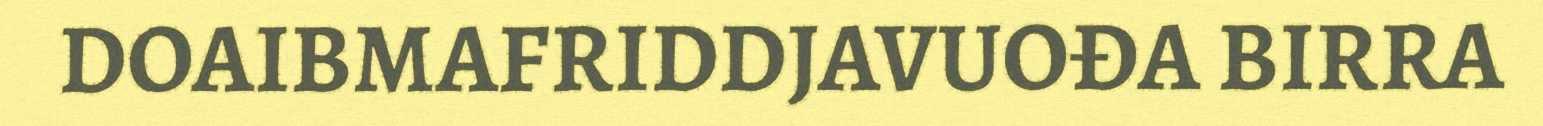
DOAIBMAFRIDDJAVUOĐA BIRRA